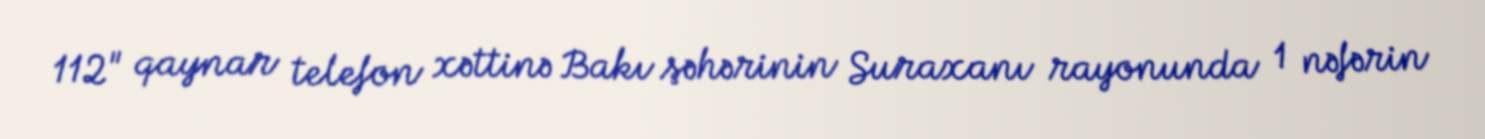
112" qaynar telefon xəttinə Bakı şəhərinin Suraxanı rayonunda 1 nəfərin